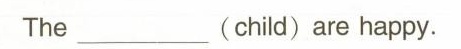
The ___ (child) are happy.